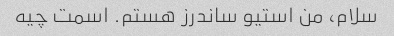
سلام، من استیو ساندرز هستم. اسمت چیه